Lunatic asylums Burma 1907-21 - 1907-1921
Year: 1907
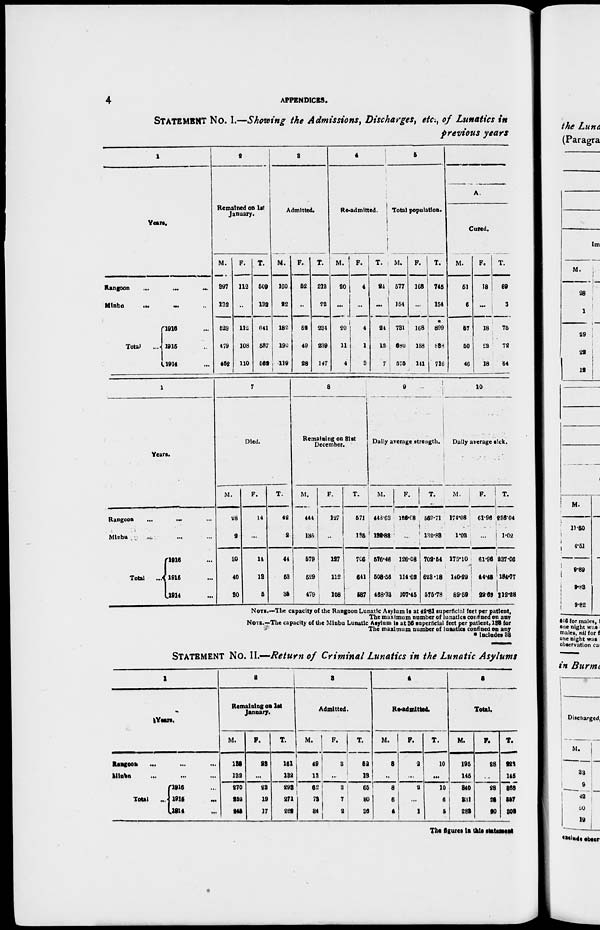
4
APPENDICES.
STATEMENT No. I.—Showing the Admissions, Discharges, etc., of Lunatics in
previous years
1
Years.
Rangoon
...
...
...
Minbu
...
... ...
Total
...
1916 ...
1915 ...
1914 ...
2
Remained on 1st
January.
M.
397
132
529
479
452
F.
112
...
112
108
110
T.
509
132
641
587
562
3
Admitted.
M.
160
22
182
190
119
F.
52
...
52
49
28
T.
212
22
234
239
147
4
Re-admitted.
M.
20
...
20
11
4
F.
4
...
4
1
3
T.
24
...
24
12
7
5
Total population.
M.
577
154
781
680
575
F.
168
...
168
158
141
T.
745
154
*
899
838
716
A.
Cured.
M.
51
6
57
50
46
F.
18
...
18
22
18
T.
69
6
75
72
64
1
Years.
Rangoon ... ... ...
Minbu ... ... ...
Total
...
1916 ...
1915 ...
1914 ...
7
Died.
M.
28
2
30
40
30
F.
14
...
14
13
5
T.
42
2
44
53
35
8
Remaining on 31st
December.
M.
444
135
579
529
479
F.
127
...
127
112
108
T.
571
135
706
641
587
9
Daily average strength.
M.
443.63
132.83
576.46
508.56
468.33
F.
126.08
...
126.08
114.62
107.45
T.
569.71
132.83
702.64
623.18
575.78
10
Daily
average sick.
M.
174.08
1.02
175.10
140.29
89.59
F.
61.96
...
61.96
44.46
22.69
T.
236.04
1.02
237.06
184.77
112.28
NOTE.—The capacity of the Rangoon Lunatic Asylum is at 42.81 superficial feet per patient,
The maximum number of lunatics confined on any
NOTE.—The capacity of the Minbu Lunatic Asylum is at 86 superficial feet per patient, 132 for
The maximum number of lunatics confined on any
* Includes 33
STATEMENT No. II.—Return of Criminal Lunatics in the Lunatic Asylums
1
Years.
Rangoon... ...
...
Minbu ... ... ...
Total ...
1916 ...
1915 ...
1914 ...
2
Remaining on 1st
January.
M.
138
132
270
252
245
F.
23
...
23
19
17
T.
161
132
293
271
262
3
Admitted.
M.
49
13
62
73
34
F.
3
...
3
7
2
T.
52
13
65
80
36
4
Re-admitted.
M.
3
...
8
6
4
F.
2
...
2
...
1
T.
10
...
10
0
5
5
Total.
M.
195
145
340
331
283
F.
28
...
28
26
20
T.
223
145
868
357
303
The figures in this statement